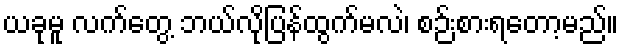
ယခုမူ လက်တွေ့ ဘယ်လိုပြန်ထွက်မလဲ၊ စဉ်းစားရတော့မည်။